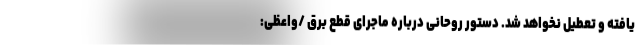
یافته و تعطیل نخواهد شد. دستور روحانی درباره ماجرای قطع برق /واعظی: